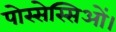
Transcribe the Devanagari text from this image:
पोस्सेस्सिओं।